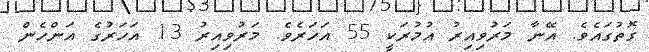
ގޮތުގައެވެ. އޭނާ މަރުވިއިރު އުމުރަކީ 55 އަހަރެވެ. މަރުވިއިރު 13 އަހަރުގެ އަންހެން